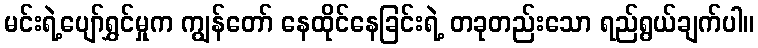
မင်းရဲ့ပျော်ရွှင်မှုက ကျွန်တော် နေထိုင်နေခြင်းရဲ့ တခုတည်းသော ရည်ရွယ်ချက်ပါ။